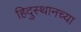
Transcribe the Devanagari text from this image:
हिदुस्थानच्या